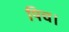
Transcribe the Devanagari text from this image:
पिच।